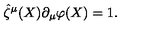
\hat { \zeta } ^ { \mu } ( X ) \partial _ { \mu } \varphi ( X ) = 1 .